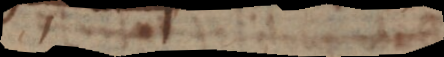
t u